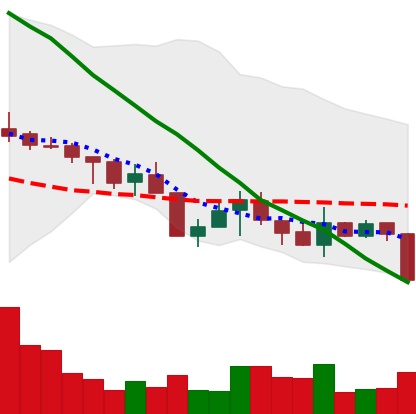
Ticker: XMR-USD
Chart end date: 2018-05-22
Forward return: -5.781%
Label: down_5_7